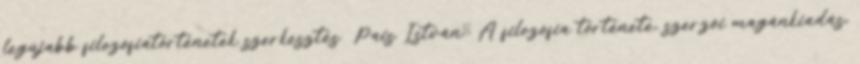
legújabb filozófiatörténetek szerkesztés Pais Istvánː A filozófia története, szerzői magánkiadás,